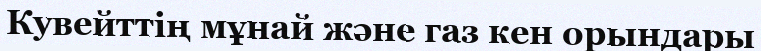
Кувейттің мұнай және газ кен орындары